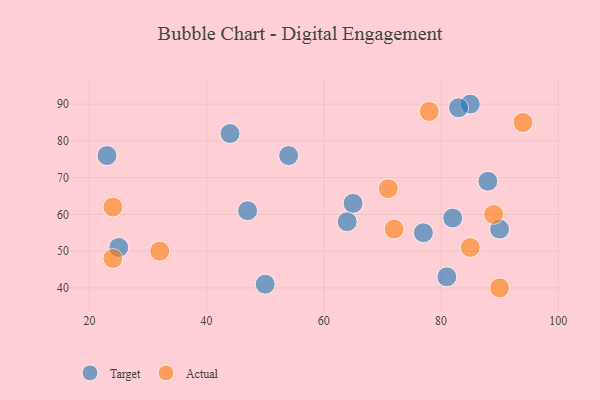
{"axis": {"x": "GDP", "y": "Life Expectancy"}, "legend": ["Actual", "Target"], "data": [{"x": "54", "y": 76, "type": "Target"}, {"x": "77", "y": 55, "type": "Target"}, {"x": "88", "y": 69, "type": "Target"}, {"x": "25", "y": 51, "type": "Target"}, {"x": "81", "y": 43, "type": "Target"}, {"x": "85", "y": 90, "type": "Target"}, {"x": "44", "y": 82, "type": "Target"}, {"x": "50", "y": 41, "type": "Target"}, {"x": "90", "y": 56, "type": "Target"}, {"x": "23", "y": 76, "type": "Target"}, {"x": "47", "y": 61, "type": "Target"}, {"x": "64", "y": 58, "type": "Target"}, {"x": "83", "y": 89, "type": "Target"}, {"x": "65", "y": 63, "type": "Target"}, {"x": "82", "y": 59, "type": "Target"}, {"x": "94", "y": 85, "type": "Actual"}, {"x": "89", "y": 60, "type": "Actual"}, {"x": "24", "y": 48, "type": "Actual"}, {"x": "32", "y": 50, "type": "Actual"}, {"x": "71", "y": 67, "type": "Actual"}, {"x": "85", "y": 51, "type": "Actual"}, {"x": "90", "y": 40, "type": "Actual"}, {"x": "72", "y": 56, "type": "Actual"}, {"x": "24", "y": 62, "type": "Actual"}, {"x": "78", "y": 88, "type": "Actual"}]}